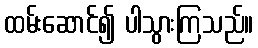
ထမ်းဆောင်၍ ပါသွားကြသည်။